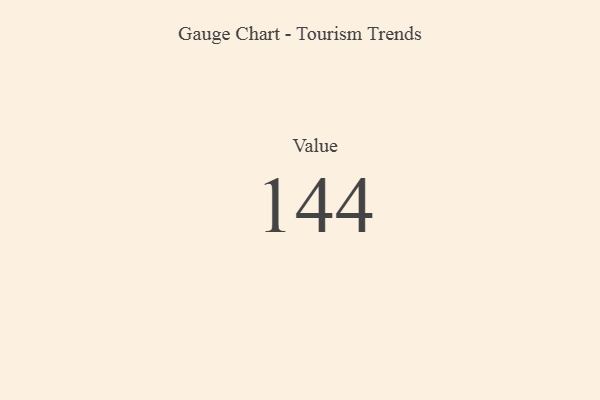
{"axis": {"x": "Metric", "y": "Value"}, "legend": [""], "data": [{"x": "Value", "y": 144, "type": ""}]}